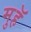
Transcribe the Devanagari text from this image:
मुहॅ